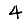
Digit: 4